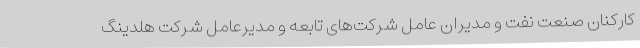
کارکنان صنعت نفت و مدیران عامل شرکت‌های تابعه و مدیرعامل شرکت هلدینگ